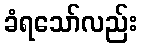
ခံရသော်လည်း